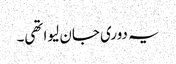
یہ دوری جان لیوا تھی۔